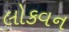
લોકવન